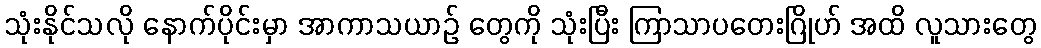
သုံးနိုင်သလို နောက်ပိုင်းမှာ အာကာသယာဉ် တွေကို သုံးပြီး ကြာသာပတေးဂြိုဟ် အထိ လူသားတွေ